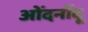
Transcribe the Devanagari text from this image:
ओंदनोंदू